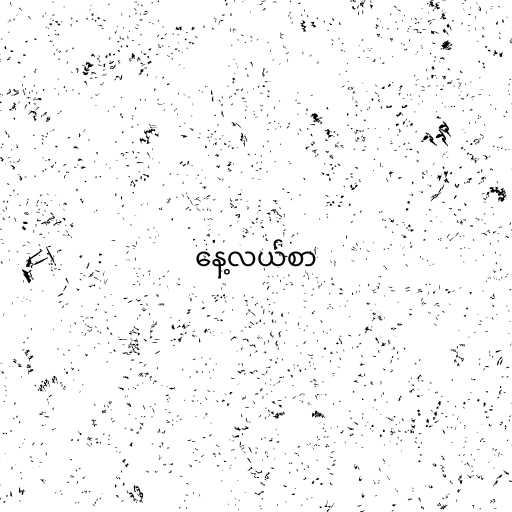
နေ့လယ်စာ